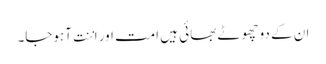
ان کے دو چھوٹے بھائی ہیں امت اور اننت آہوجا۔